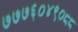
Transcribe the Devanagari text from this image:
७७७६०४९०८८